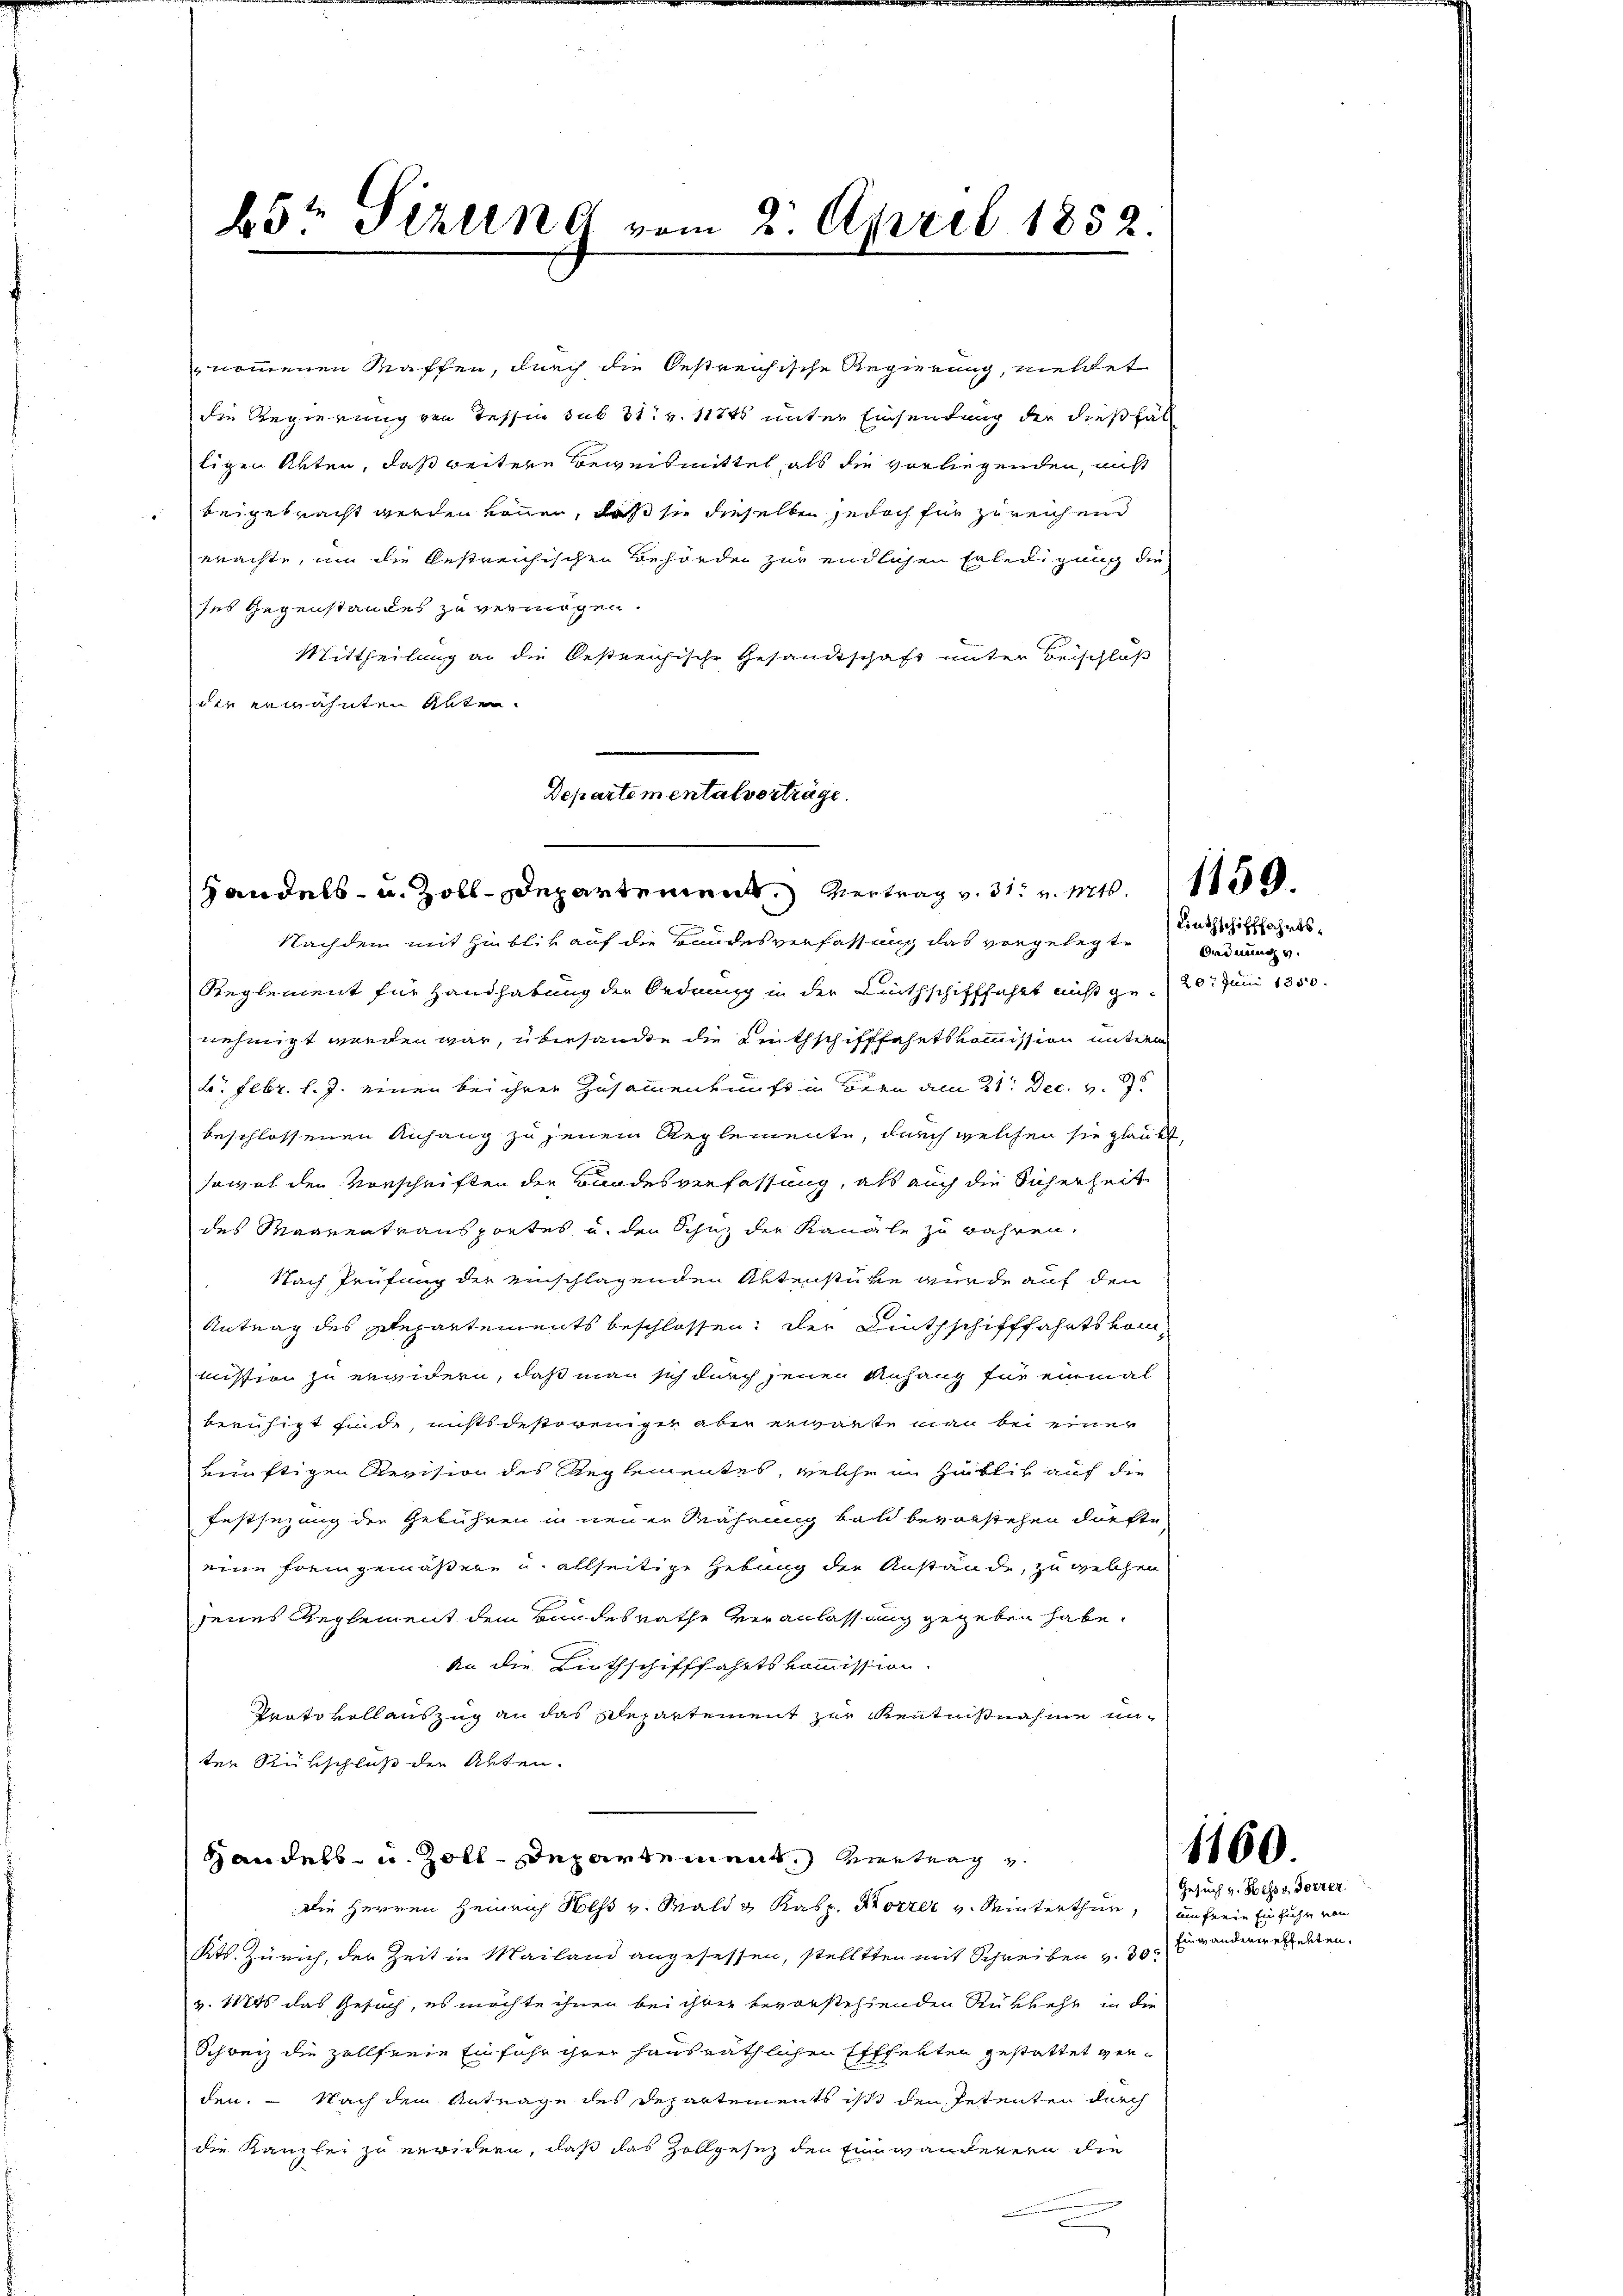
nommenen Waffen, durch die Oestreichische Regierung, vieldet
die Regierung von Tessin sub 31. v. 117t unter Einsendung der dießfäl
ligen Akten, daß weitere Beweismittel, als die vorliegenden, nicht
beigebracht werden könn, daß sie dieselben jedoch für zureichend
erachte, um die bestreichischen Behörde zur endlichen Erledigung die
ses Gegenstandes zu vermögen.
Mittheilung an die bestreichische Gesandtschaft unter Beischloß
die erwähnten Alten.

Departemental vorträge.
Handels- u. Zoll-Departement. Vertrag v. 31. v. Mts. 150

Nachdem mit Hinblik auf die Bundesverfassung das vorgelegt
Reglement für Handhabung der Ordnung in der Linthschifffahrt nicht ge- 20. Juni 1850.
nehmigt worden war, übersandte die Linthschifffahrtskommission unterm
b. Febr. l. J. einen bei ihrer Zusammenkunft in Bern am 21. Dec. v. 7.
beschlossenen Anhang zu jenem Reglemente, durch welchen sie glaubt,
sowol den Vorschriften die Bundesverfassung, als auch die Sicherheit
des Maarentransportes u. den Schuz der Kanale zu währen,
Nach Prüfung der einschlagenden Aktenstüre wurde auf den
Antrag des Departements beschlossen; der Linthschifffahrtskommission zu erwidern, daß man sich durch jenen Anhang für einmal
beruhigt sind, nichtsdestoweniger aber erwarte man bei einer
künftigen Revision des Reglementes, welche im Hintlich auch die
Festsezung der Gebühren in neuer Währung bald bevorstehen dürfte,
eine fremgemäßere u. allseitige Hebung die Anstände, zu welchen
jenes Geglement dem Bundesrathe veranlassung gegeben habe.
An die Linthschifffahrtskommission.
Paato vollauszug an das Repartement zur Kenntnißnahme unter Rückschluß die Akten.
Handels- u. Zoll-Departement. Vertrag
Die Herren Heinrich Hess v. Wald v. Kasp. Korrer v. Winterthur, um freie Einfuhr von
Kts. Zürich, der Zeit in Mailand angesessen, stellten mit Schreiben v. 30
v. 1824 das Gesuch, es möchte ihnen bei ihrer bevorstehenden Rükkehr in die
Schweiz die zollferie Einfuhr ihrer hausräthlichen Efffelten gestattet ver-
den. - Nach dem Antrage des Departements ist den Petenten durch
die Kanzlei zu erwirren, daß das Zollgesez den Einwanderern die

b5t Sizung vom 2. April 1852.

e

Linthschifffahrts¬
Ordnung v.

1160

Gesuch v. Hesse Forrer
fing anderwerfelten.